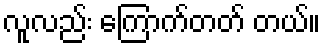
လူလည်း ကြောက်တတ် တယ်။